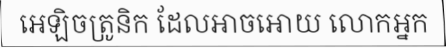
អេឡិចត្រូនិក ដែលអាចអោយ លោកអ្នក